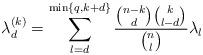
LaTeX: \begin{align*}\lambda^{(k)}_d = \sum_{l = d}^{\min\{q, k+d\}} \frac{\binom{n-k}{d}\binom{k}{l-d}}{\binom{n}{l}}\lambda_{l}\end{align*}